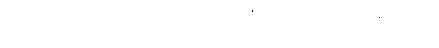
မရိဿာမိ၊ သေအံ့။ မယိမတေ၊ သရက်သီးကိုမရ၍ ငါသေသည်ရှိသော်။